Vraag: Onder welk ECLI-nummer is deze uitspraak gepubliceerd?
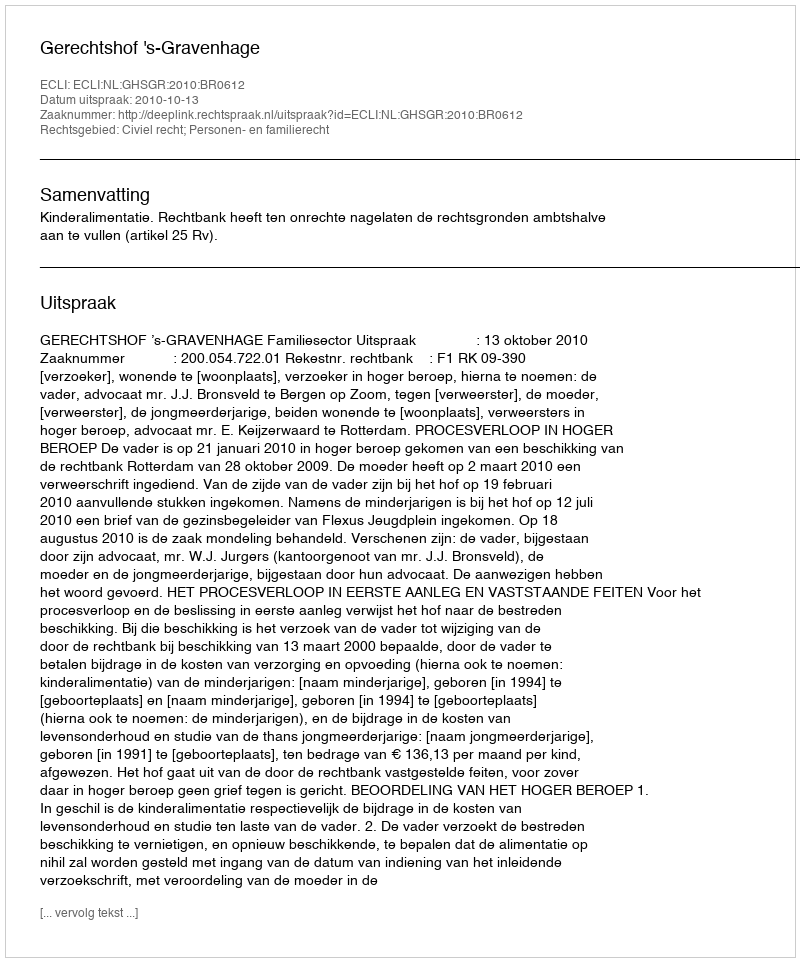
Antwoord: ECLI:NL:GHSGR:2010:BR0612